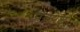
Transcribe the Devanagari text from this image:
प्रकोष्ट